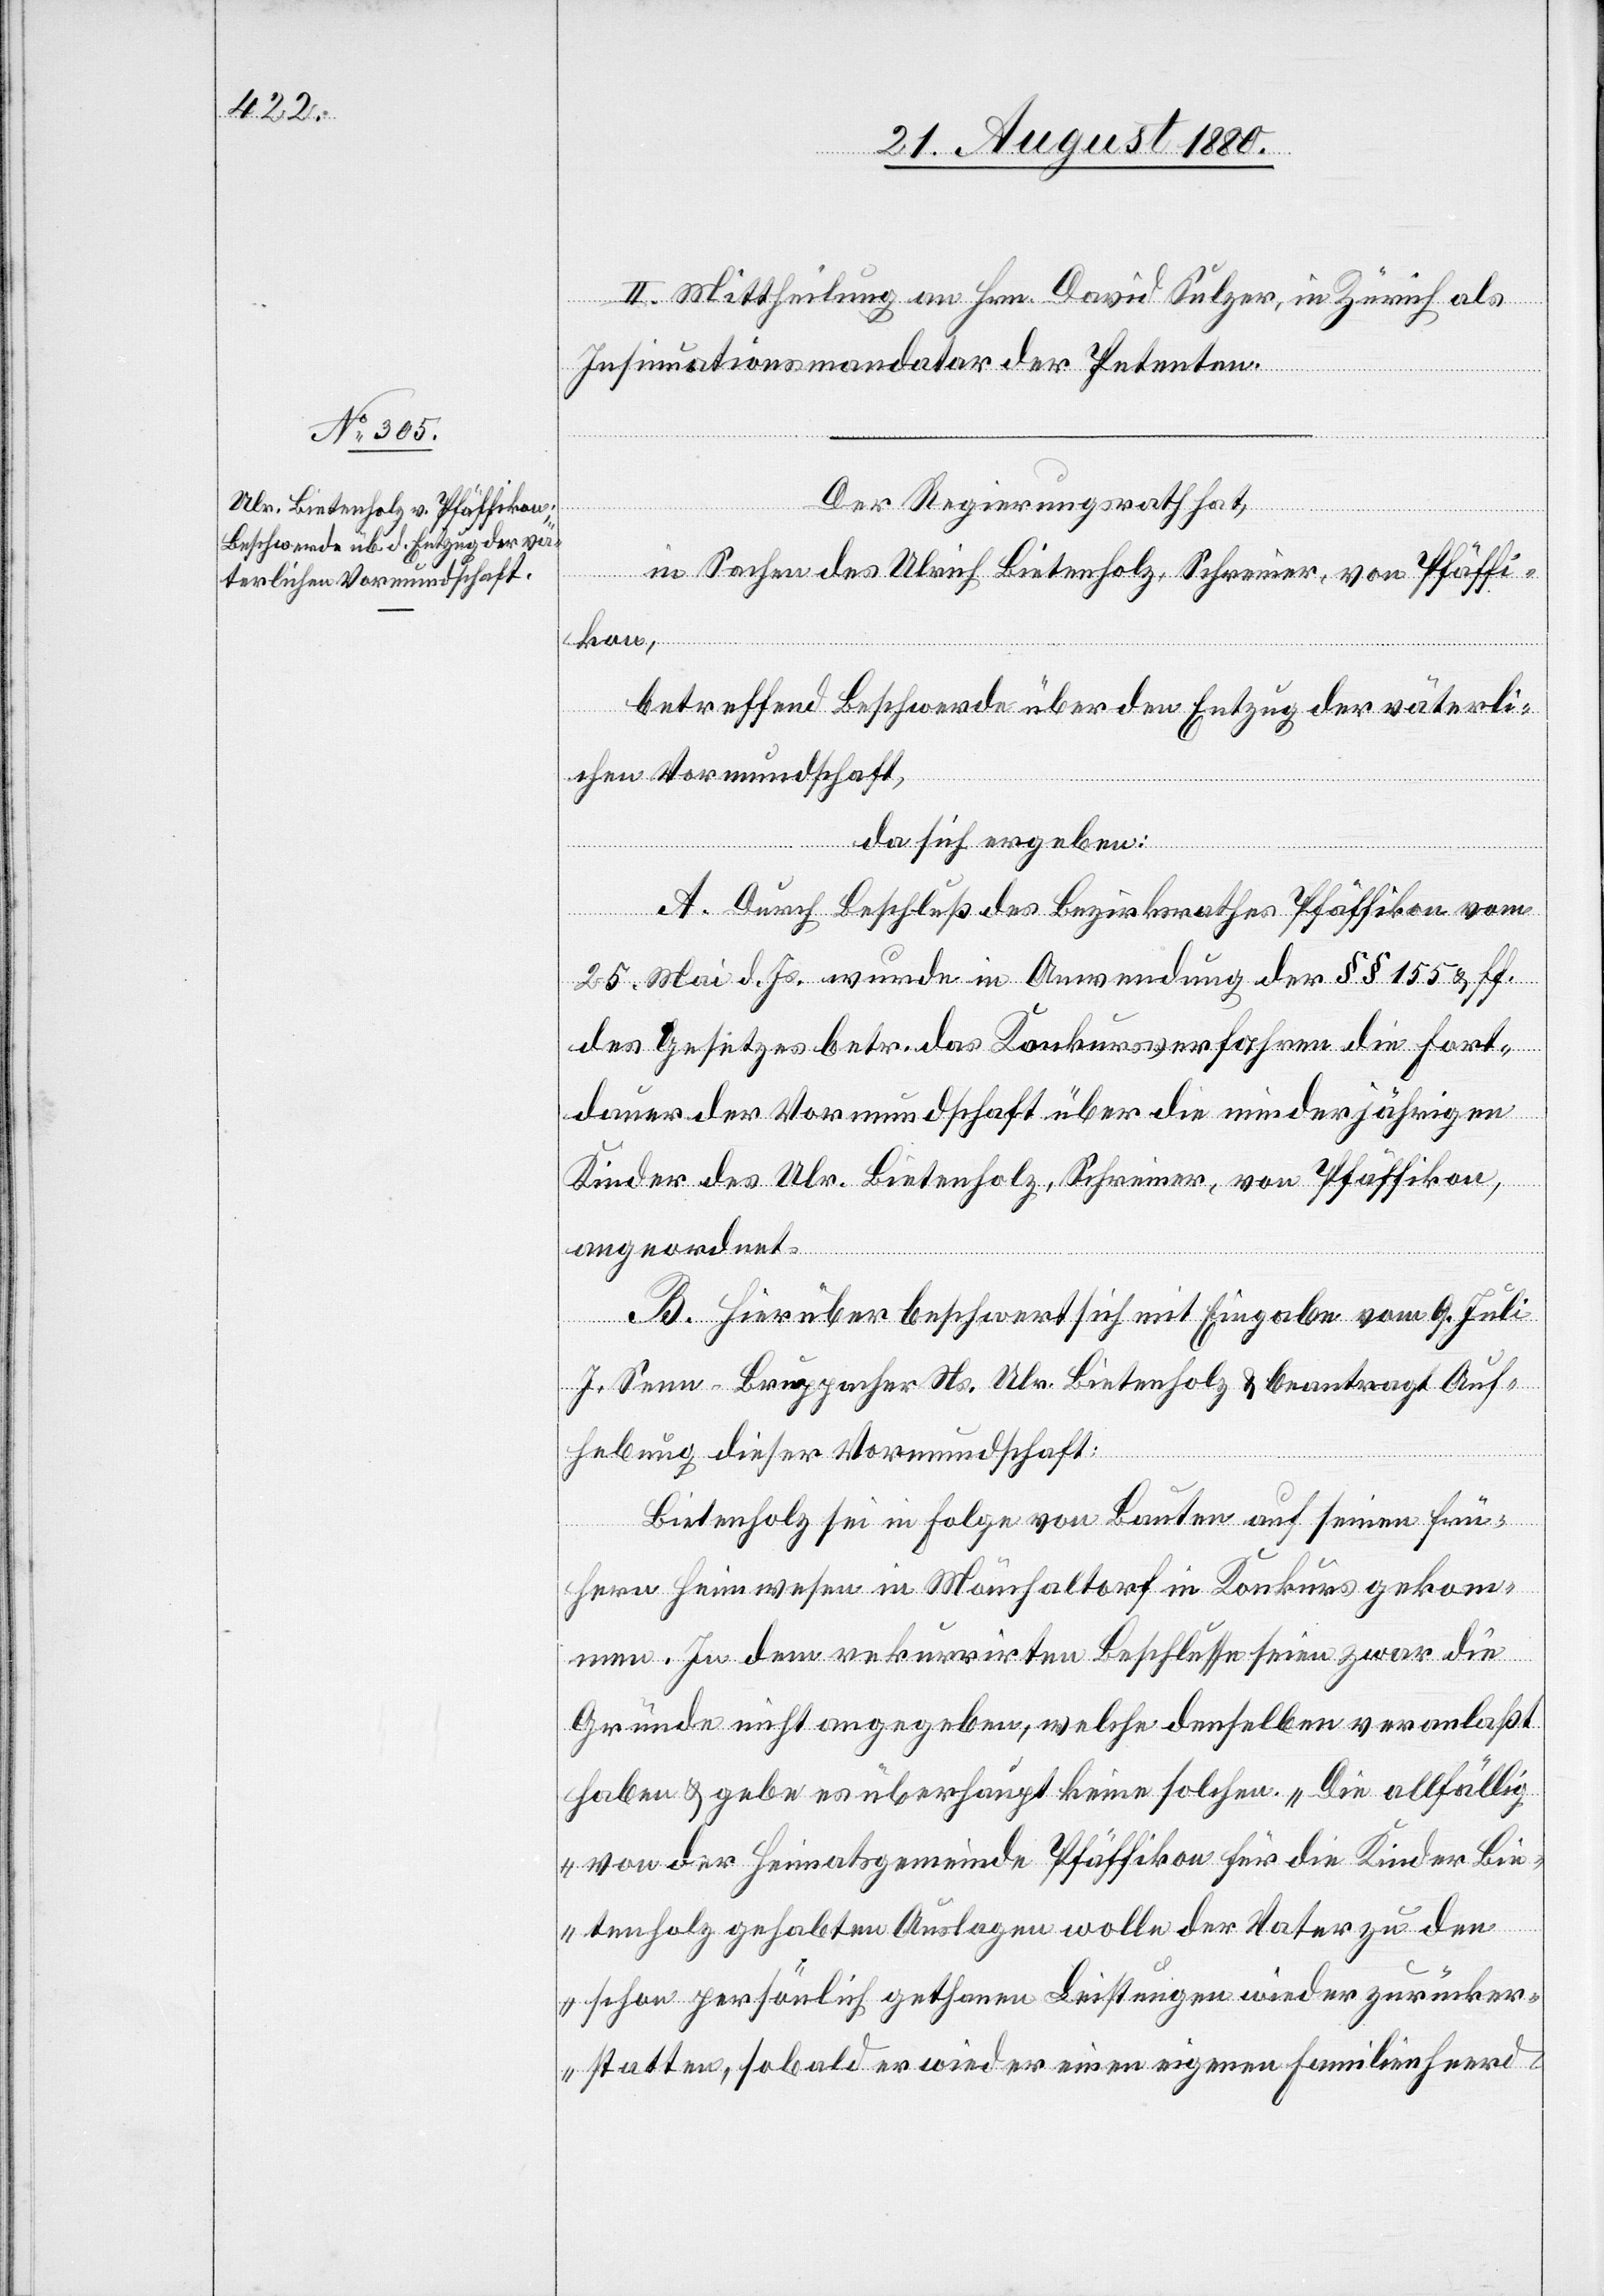
II. Mittheilung an Hrn. David Sulzer, in Zürich als
Insinuationsmandatar der Petenten.
Der Regierungsrath hat,
in Sachen des Ulrich Bietenholz, Schreiner, von Pfäffi¬
kon,
betreffend Beschwerde über den Entzug der väterli¬
chen Vormundschaft,
da sich ergeben:
A. Durch Beschluß des Bezirksrathes Pfäffikon vom
25. Mai d. Js. wurde in Anwendung der § § 155 6 & ff.
des Gesetzes betr. das Konkursverfahren die Fort¬
dauer der Vormundschaft über die minderjährigen
Kinder des Ulr. Bietenholz, Schreiner, von Pfäffikon,
angeordnet.
B. Hierüber beschwert sich mit Eingabe vom 9. Juli
J. Senn-Bruppacher Ns. Ulr. Bietenholz & beantragt Auf¬
hebung dieser Vormundschaft:
Bietenholz sei in Folge von Bauten auf seinen frü¬
hern Heimwesen in Mönchaltorf in Konkurs gekom¬
men. In dem rekurrirten Beschlusse seien zwar die
Gründe nicht angegeben, welche denselben veranlaßt
habe & gebe es überhaupt keine solchen. „Die allfällig
von der Heimatgemeinde Pfäffikon für die Kinder Bie¬
tenholz gehabten Auslagen wolle der Vater zu den
schon persönlich gethanen Leistungen wieder zurücker¬
statten, sobald er wieder einen eigenen Familienheerd